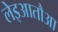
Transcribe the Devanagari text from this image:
लेइआतौआ